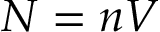
N = n V